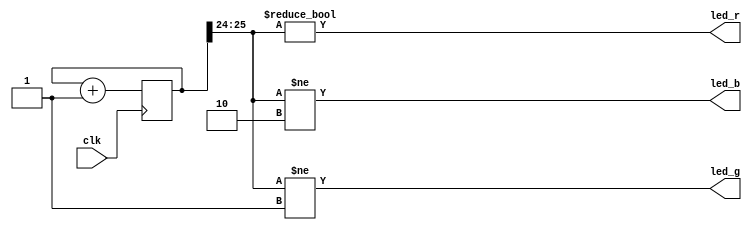
module LedTest
(
        input wire clk,
        output wire led_g,
        output wire led_r,
        output wire led_b
);
        reg [25:0] counter = 0;
        
        assign led_r = counter[25:24] != 0;
        assign led_g = counter[25:24] != 1;
        assign led_b = counter[25:24] != 2;
        
        always @(posedge clk) begin
                counter <= counter + 1;
        end
        
endmodule